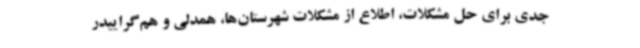
جدی برای حل مشکلات، اطلاع از مشکلات شهرستان‌ها، همدلی و هم‌گراییدر